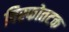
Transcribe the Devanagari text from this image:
विस्फोतटक